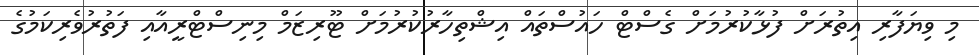
މި ވިޔަފާރި އިތުރަށް ފުޅާކުރުމަށް ގެސްޓް ހައުސްތައް އިޝްތިހާރުކުރުމަށް ޓޫރިޒަމް މިނިސްޓްރީއާއި ފަތުރުވެރިކަމުގެ